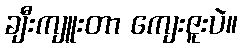
ချီးကျူးတာ ကျေးဇူးပဲ။